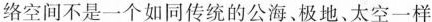
络空间不是一个如同传统的公海、极地、太空一样